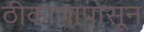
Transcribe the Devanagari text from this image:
ठीकाणापासून